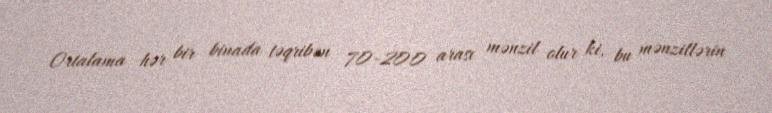
Ortalama hər bir binada təqribən 70-200 arası mənzil olur ki, bu mənzillərin